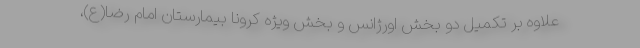
علاوه بر تکمیل دو بخش اورژانس و بخش ویژه کرونا بیمارستان امام رضا(ع)،